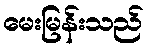
မေးမြန်းသည်